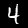
Label: 4